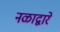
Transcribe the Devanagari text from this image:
नळाद्वारे